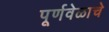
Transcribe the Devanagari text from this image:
पूर्णवेळाचे